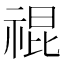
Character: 𥚛